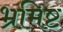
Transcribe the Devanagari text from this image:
भ्रमिष्ट